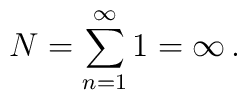
N=\sum_{n=1}^{\infty}1=\infty \,{.}